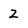
Character: 2